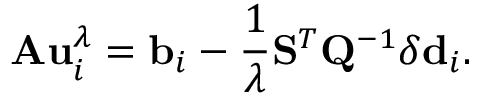
\mathbf { A } \mathbf { u } _ { i } ^ { \lambda } = \mathbf { b } _ { i } - \frac { 1 } { \lambda } \mathbf { S } ^ { T } \mathbf { Q } ^ { - 1 } \delta \mathbf { d } _ { i } .